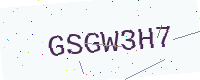
Text: GSGW3H7